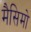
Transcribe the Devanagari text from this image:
मैसिमो